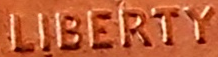
LIBERTY